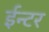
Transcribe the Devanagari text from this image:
ईन्टर